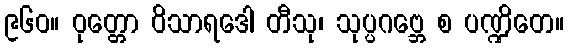
၉၆၀။ ဝုတ္တော ဝိသာရဒေါ တီသု၊ သုပ္ပဂဗ္ဘေ စ ပဏ္ဍိတေ။